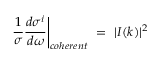
\left. \frac { 1 } { \sigma } \frac { d \sigma ^ { i } } { d \omega } \right| _ { c o h e r e n t } \ = \ | I ( k ) | ^ { 2 }